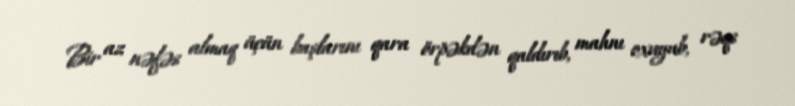
Bir az nəfəs almaq üçün başlarını qara örpəkdən qaldırıb, mahnı oxuyub, rəqs